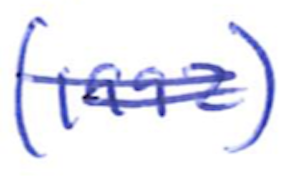
Text: (1992)
Cross-out: double-line
Writing tool: ballpoint